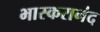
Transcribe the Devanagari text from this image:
भास्‍करानंद